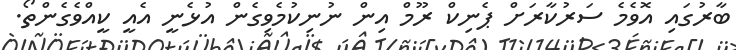
ބާރުގައި އޮވެމެ ސަރުކާރަށް ޕެނިކް ރޫމް އިން ނުނިކުމެވިގެން އުޅެނީ އެއީ ކީއްވެގެންތޯ.